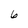
Character: 6